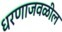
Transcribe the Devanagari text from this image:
धरणाजवळील